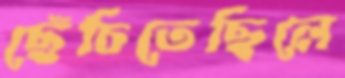
ছেঁচিতেছিলে